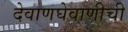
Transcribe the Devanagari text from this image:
देवाणघेवाणीची